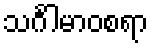
သင်္ဂါမာဝစရာ